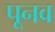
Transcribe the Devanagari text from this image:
पूनव